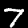
Digit: 7